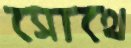
সোথে